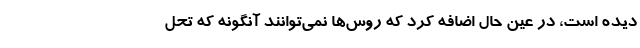
دیده است، در عین حال اضافه کرد که روس‌ها نمی‌توانند آنگونه که تحل